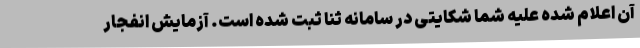
آن اعلام شده علیه شما شکایتی در سامانه ثنا ثبت شده است. آزمایش انفجار